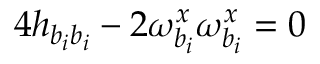
4 h _ { b _ { i } b _ { i } } - 2 \omega _ { b _ { i } } ^ { x } \omega _ { b _ { i } } ^ { x } = 0